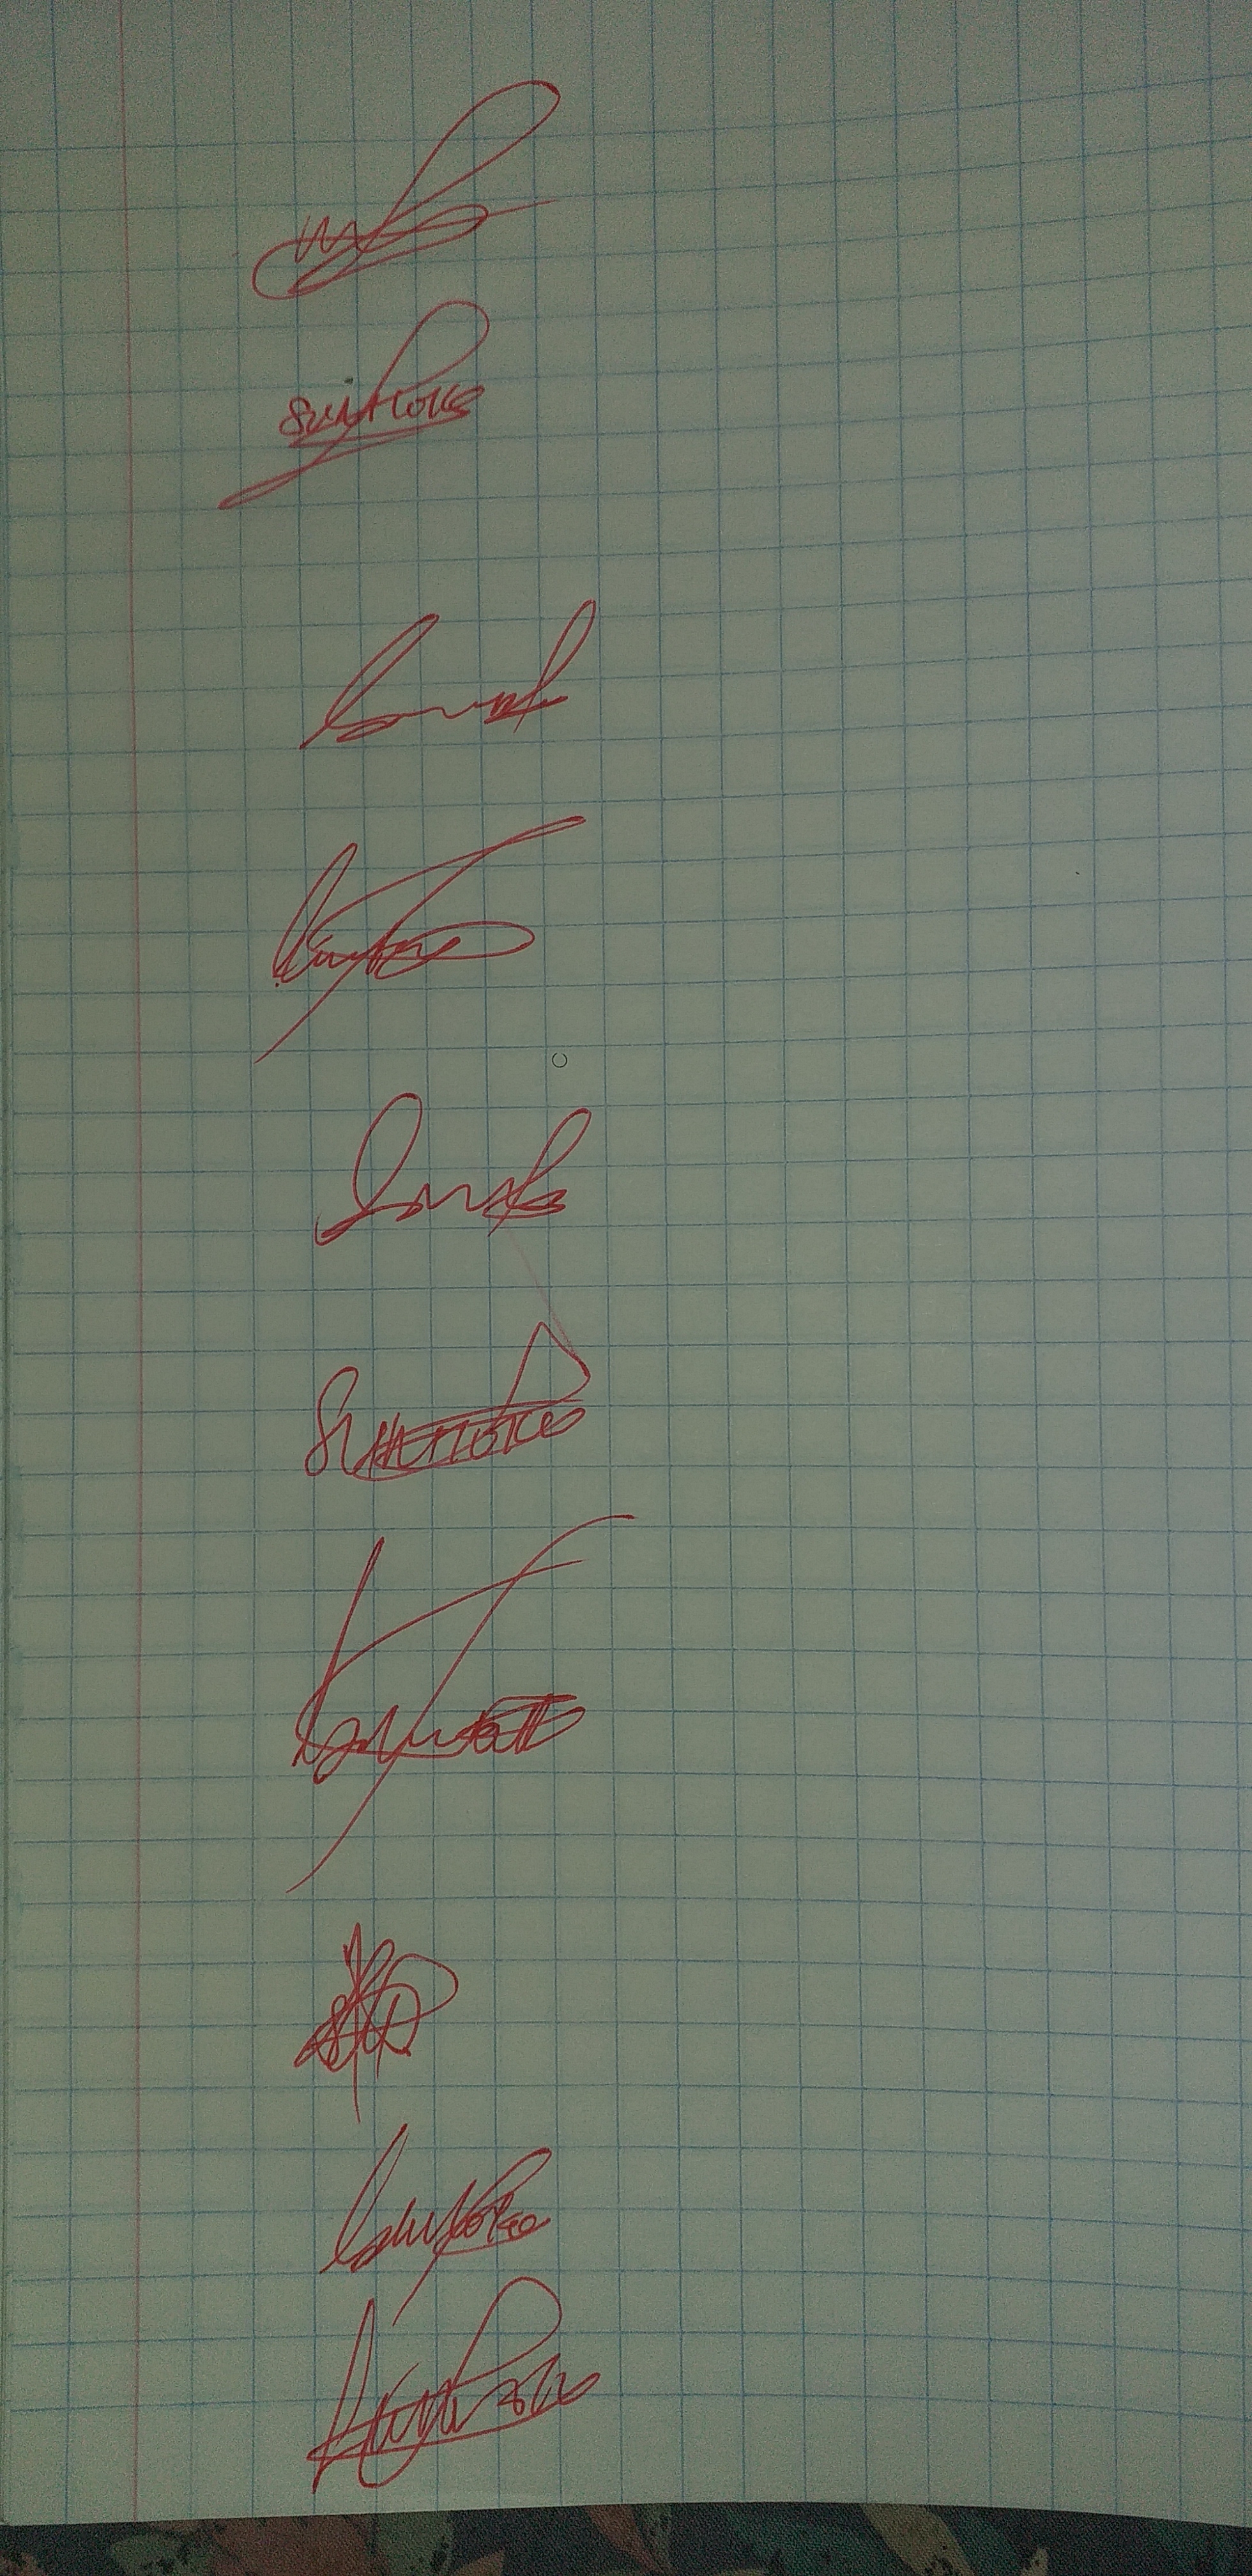
Signature authenticity: genuine